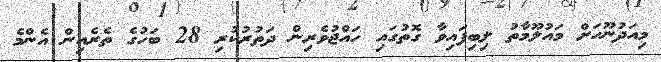
މިއަދުނޫހަށް މައުލޫމާތު ލިބިފައިވާ ގޮތުގައި ހައްޖުވެރިން ދަތުރުކުރި 28 ބަހުގެ ތެރެއިން އެންމެ